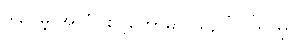
ဒါပေမဲ့ အိုလံပစ်ပွဲတော်မှာ ယှဉ်ပြိုင်ကြတဲ့